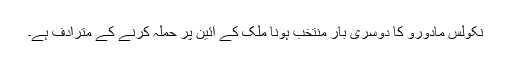
نکولس مادورو کا دوسری بار منتخب ہونا ملک کے آئین پر حملہ کرنے کے مترادف ہے۔